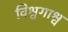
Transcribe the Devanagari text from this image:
विश्वगाश्व